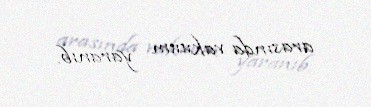
arasında vakuum yaranıb.